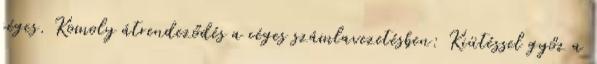
céges. Komoly átrendeződés a céges számlavezetésben: Kiütéssel győz a